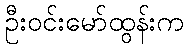
ဦးဝင်းမော်ထွန်းက